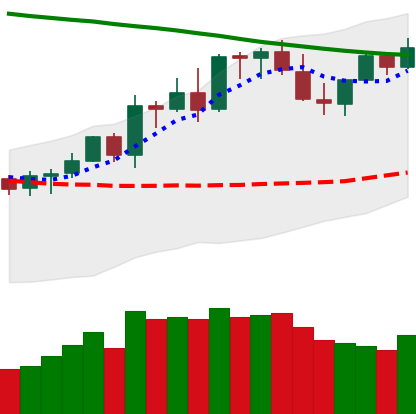
Ticker: LTC-USD
Chart end date: 2021-08-22
Forward return: -5.544%
Label: down_5_7